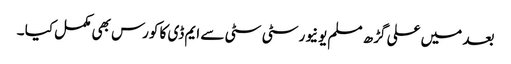
بعد میں علی گڑھ مسلم یونیورسٹی سٹی سے ایم ڈی کا کورس بھی مکمل کیا ۔